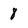
Character: 8